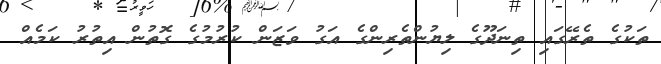
ތަކުގެ ތެރޭގައި ތިނަދޫގެ ލިޔުންތެރިންގެ އަގު ވަޒަން ކުރުމުގެ ގޮތުން އިތުރު ކަމެއް